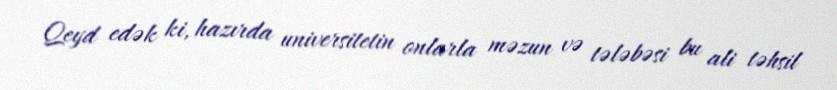
Qeyd edək ki, hazırda universitetin onlarla məzun və tələbəsi bu ali təhsil